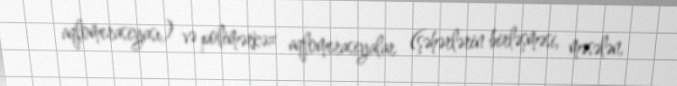
aqlomerasiyası) və polimərkəz aqlomerasiyalar (şəhərlərin birləşməsi, məsələn,